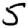
Digit: 5